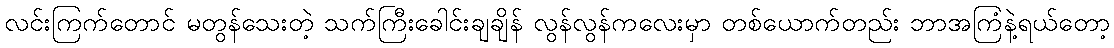
လင်းကြက်တောင် မတွန်သေးတဲ့ သက်ကြီးခေါင်းချချိန် လွန်လွန်ကလေးမှာ တစ်ယောက်တည်း ဘာအကြံနဲ့ရယ်တော့